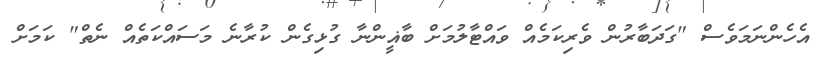
އެހެންނަމަވެސް "ގަދަބާރުން ވެރިކަމެއް ވައްޓާލުމަށް ބާޣީންނާ ގުޅިގެން ކުރާނެ މަސައްކަތެއް ނެތް" ކަމަށް